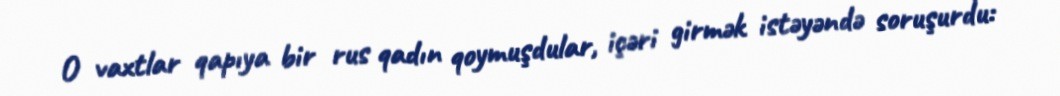
O vaxtlar qapıya bir rus qadın qoymuşdular, içəri girmək istəyəndə soruşurdu: